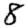
Digit: 8